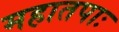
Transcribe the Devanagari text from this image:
महातपाः